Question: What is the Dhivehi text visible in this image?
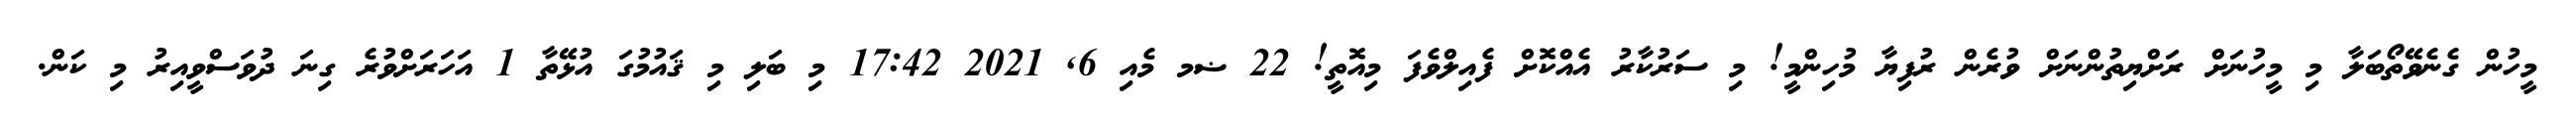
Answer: މީހުން ގެނެވޭތޯބަލާ މި މީހުނަށް ރަށްޔިތުންނަށް ވުރެން ރުފިޔާ މުހިންމީ! މި ސަރުކާރު އެއްކޮށް ފެއިލްވެފަ މިއޮތީ! 22 ޟމ މެއި 6, 2021 17:42 މި ބަލި މި ޤައުމުގަ އުޅޭތާ 1 އަހަރަށްވުރެ ގިނަ ދުވަސްވީއިރު މި ކަން.